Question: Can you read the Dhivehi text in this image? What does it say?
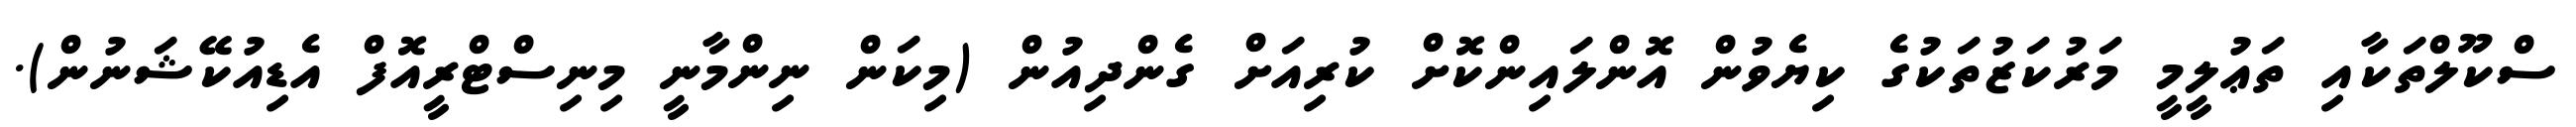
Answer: ސްކޫލްތަކާއި ތަޢުލީމީ މަރުކަޒުތަކުގެ ކިޔެވުން އޮންލައިންކޮށް ކުރިއަށް ގެންދިއުން (މިކަން ނިންމާނީ މިނިސްޓްރީއޮފް އެޑިއުކޭޝަނުން).